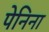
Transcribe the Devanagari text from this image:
पेनिना